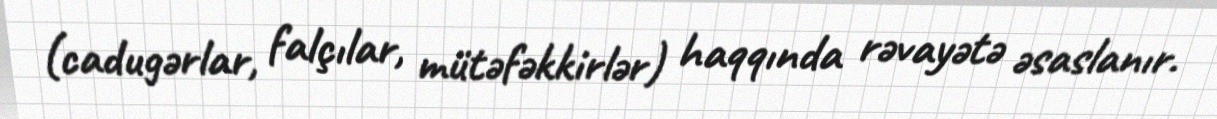
(cadugərlar, falçılar, mütəfəkkirlər) haqqında rəvayətə əsaslanır.